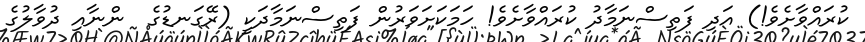
ކުރައްވާށެވެ!) އަދި ފަތިސްނަމާދު ކުރައްވާށެވެ! ހަމަކަށަވަރުން ފަތިސްނަމާދަކީ (ރޭގަނޑުގެ  ންނާއި ދުވާލުގެ